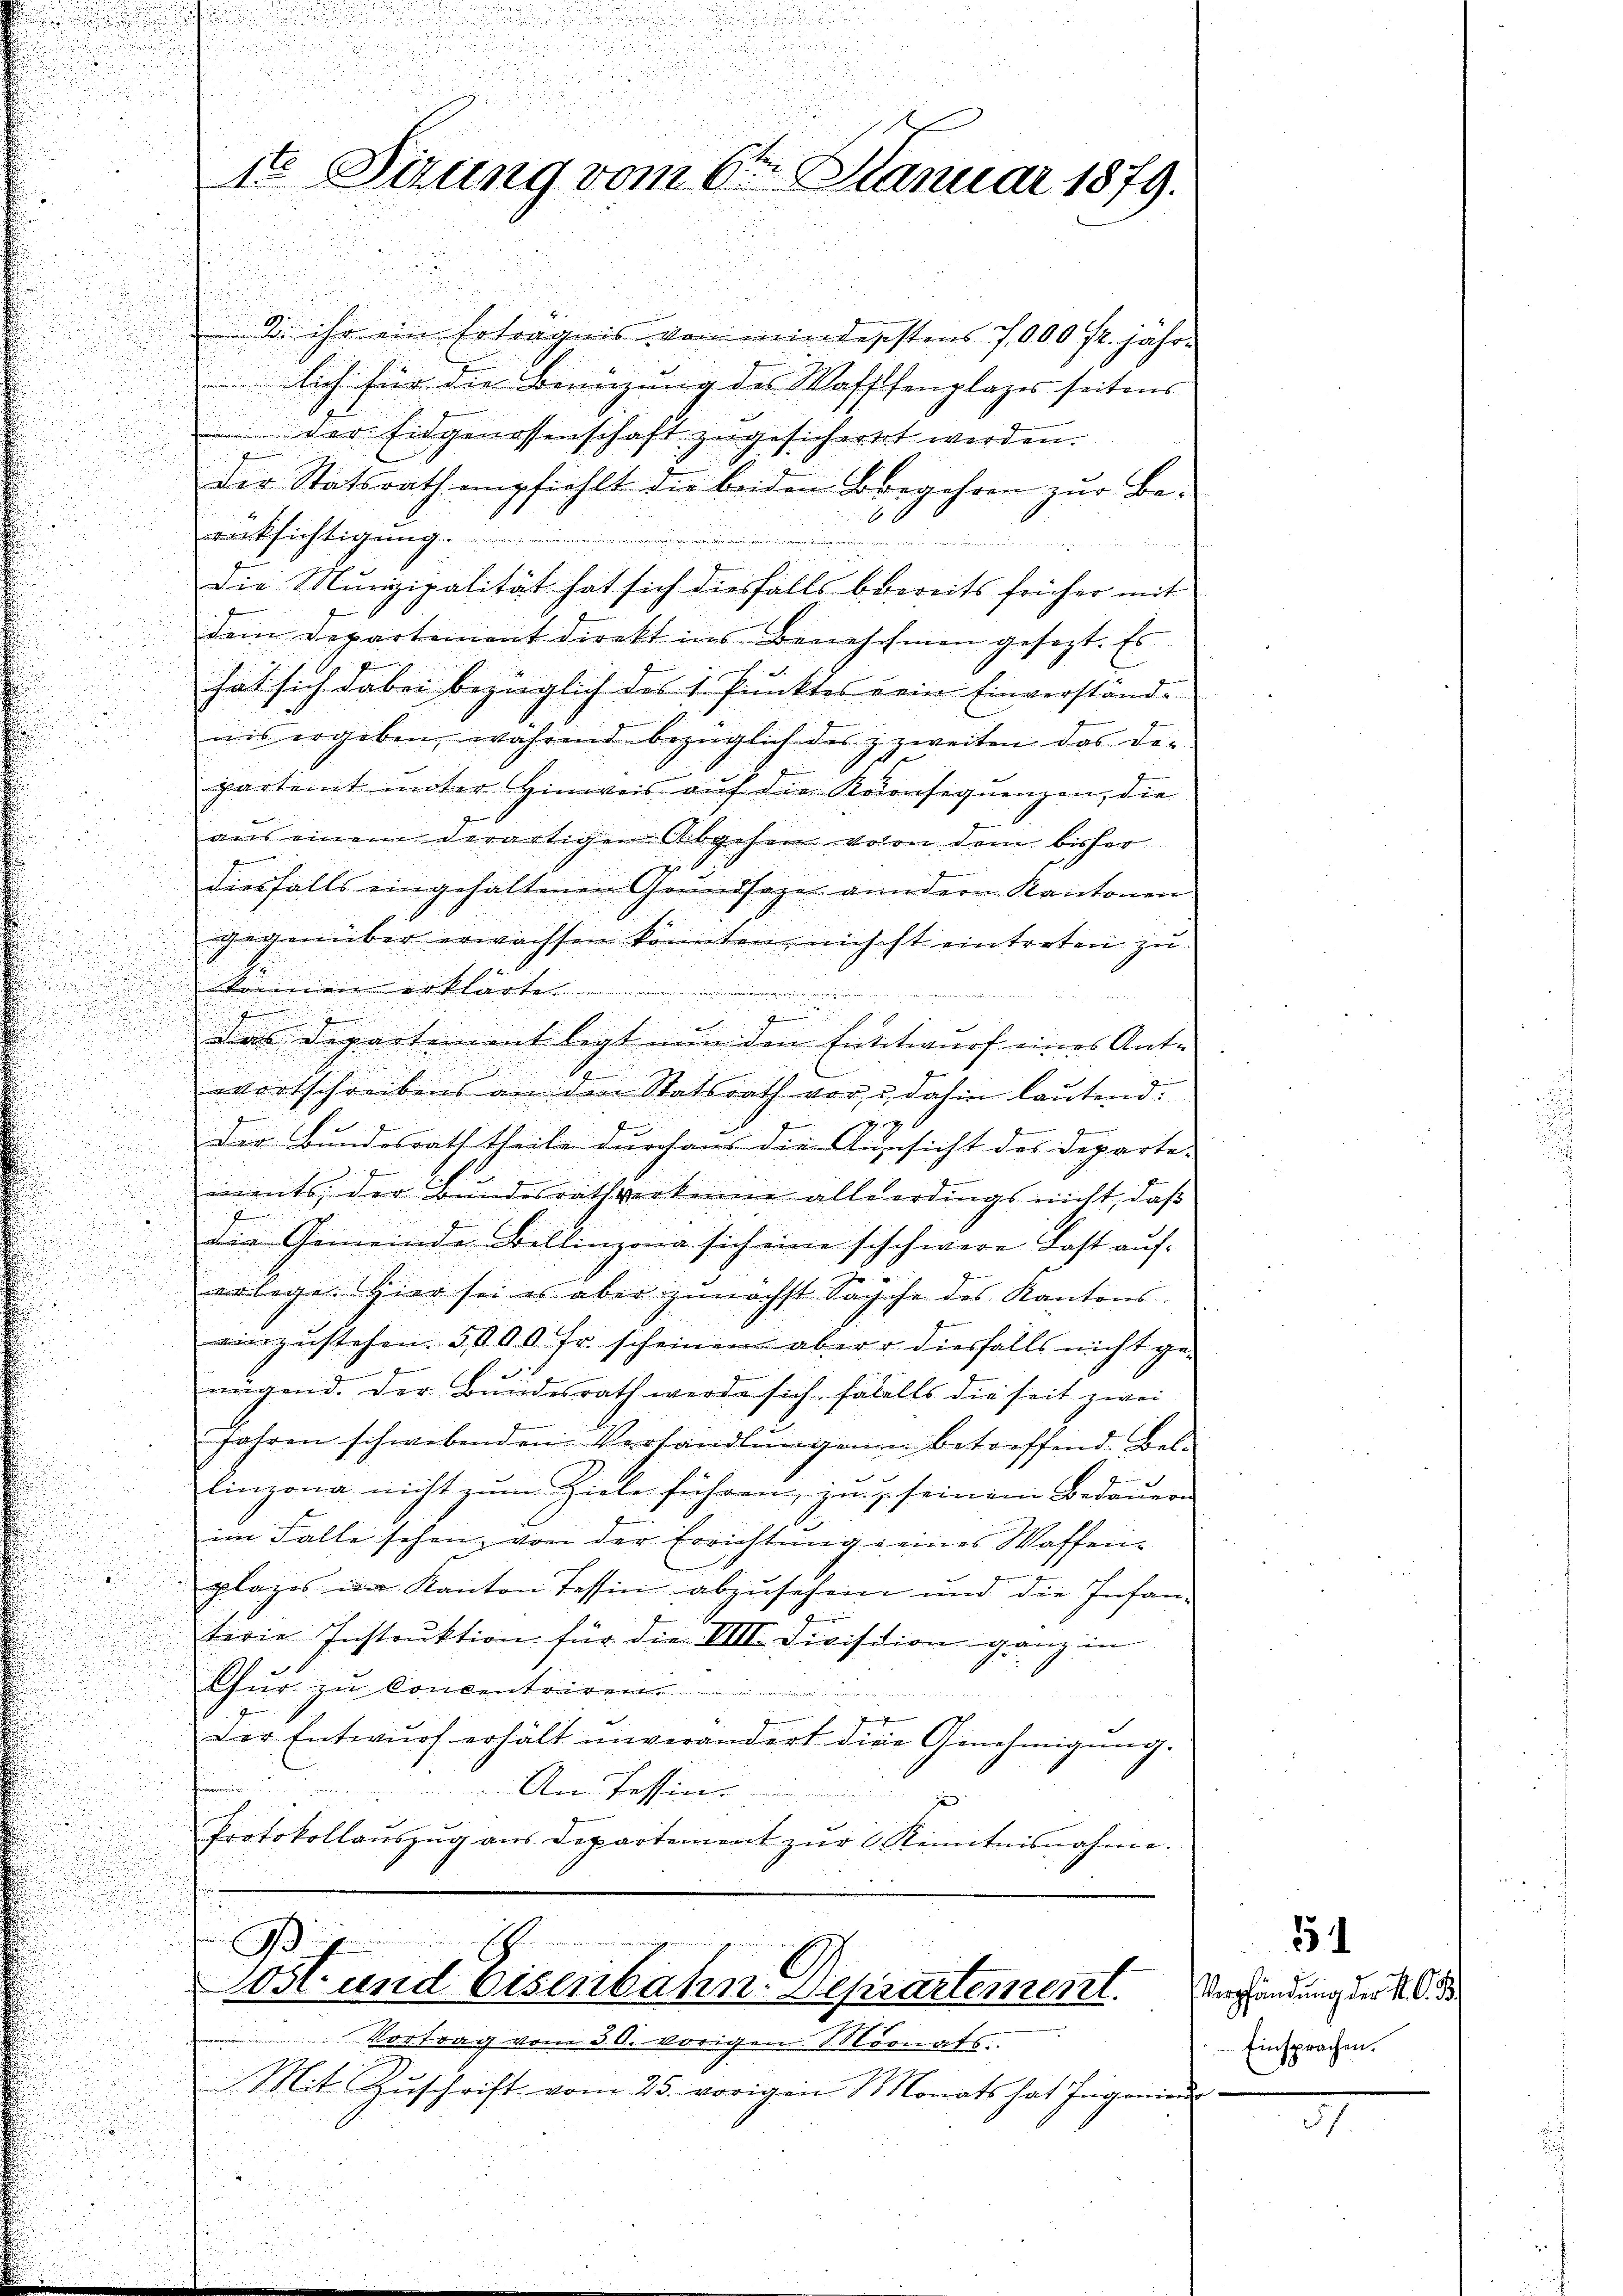
1t Sizung vom 6ten Januar 1879.

d. ihr ein Erträgnis von mindegestens 7,000 fr. jährlich für die Benüzung des Waffenplazes seitens
der Eidgenossenschaft zugesichertet werden.
Die Statsrath empfiehlt die beiden Borgehren zur Be-
rücksichtigung.

die Munizipalität hat sich diesfalls bereits früher mit
dem Departement direkt ins Benehmen gesezt. Es
hat sich dabei bezüglich des 1. Punktes kein Einverständ-
ais ergeben, während bezüglich des z zweiten das De-
parteit unter Hinweis auf die Konsequenzen, die
aus einem derartigen Abgehen volon dem bisher
diesfalls eingehaltenen Grundsaze andern Kantonen
gegenüber erwachsen könnten, nichst eintreten zu
kommen erklärte.
ewan
J
Das Departement legt nun den Entwurf eines Ant-
wortschreibens an den Statsrath vor u. dahin lautend.
d
g
e
J
b
.
Der Bundesrath theile durchaus die Aussicht des Departee

iments, der Bundesrath verkenne allerdings nicht, daß
Pe

die Gemeinde Bellinzona sich eine sischwere Last auferlege. Hier sei es aber zunächst Sache des Kantons
8
einzustehen. 5000 fr. scheinen aber diesfalls nicht genügend. Der Bundesrath werde sich fälells die seit zwei
jahren schwebenden Verhandlungen betreffend. Bel¬
7
e
linzona nicht zum Ziele führen, ging seinem Bedauern
im Falle sehen, von der Errichtung eines Waffen-
plages im Kanton Tessin abzuschein und die Infan-
terie Instrŭktion für die VIII. Division ganz in
Gür zu Concentriren.
l
Der Entwurf erhält unverändert die Genehmigung.
An Tessin.
Protokollauszug aus Departement zur Kenntnisnahme.
E
Bi
0st und eisenbahn. Departement.
Vortrag vom 30. vorigen Monats.
Mit Zŭschrift vom 25. vorigen Monats hat Ingenieur-

51
Verpfändung der K. A. B
Einsprachen.

7